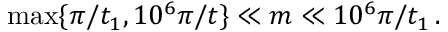
\operatorname* { m a x } \{ \pi / t _ { 1 } , 1 0 ^ { 6 } \pi / t \} \ll m \ll 1 0 ^ { 6 } \pi / t _ { 1 } \, .